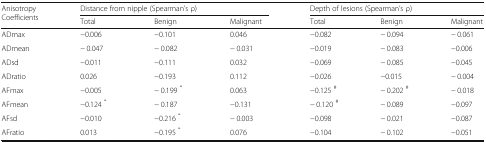
<table><thead><tr><td rowspan="2"><b>Anisotropy Coefficients</b></td><td colspan="3"><b>Distance from nipple (Spearman’s ρ)</b></td><td colspan="3"><b>Depth of lesions (Spearman’s ρ)</b></td></tr><tr><td><b>Total</b></td><td><b>Benign</b></td><td><b>Malignant</b></td><td><b>Total</b></td><td><b>Benign</b></td><td><b>Malignant</b></td></tr></thead><tbody><tr><td>ADmax</td><td>−0.006</td><td>−0.101</td><td>0.046</td><td>−0.082</td><td>− 0.094</td><td>− 0.061</td></tr><tr><td>ADmean</td><td>− 0.047</td><td>− 0.082</td><td>− 0.031</td><td>−0.019</td><td>− 0.083</td><td>−0.006</td></tr><tr><td>ADsd</td><td>−0.011</td><td>−0.111</td><td>0.032</td><td>−0.069</td><td>− 0.085</td><td>−0.045</td></tr><tr><td>ADratio</td><td>0.026</td><td>−0.193</td><td>0.112</td><td>−0.026</td><td>−0.015</td><td>− 0.004</td></tr><tr><td>AFmax</td><td>−0.005</td><td>− 0.199 <sup>*</sup></td><td>0.063</td><td>−0.125 <sup>#</sup></td><td>− 0.202 <sup>#</sup></td><td>− 0.018</td></tr><tr><td>AFmean</td><td>−0.124 <sup>*</sup></td><td>− 0.187</td><td>−0.131</td><td>− 0.120 <sup>#</sup></td><td>− 0.089</td><td>−0.097</td></tr><tr><td>AFsd</td><td>−0.010</td><td>−0.216 <sup>*</sup></td><td>− 0.003</td><td>−0.098</td><td>− 0.021</td><td>−0.087</td></tr><tr><td>AFratio</td><td>0.013</td><td>−0.195 <sup>*</sup></td><td>0.076</td><td>−0.104</td><td>− 0.102</td><td>−0.051</td></tr></tbody></table>